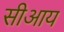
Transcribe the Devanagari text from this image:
सीआय